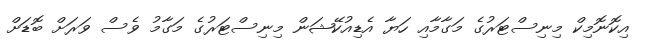
އިކޮނޮމިކް މިނިސްޓަރުގެ މަގާމާއި ހަޔާ އެޑިއުކޭޝަން މިނިސްޓަރުގެ މަގާމު ވެސް ވަރަށް ބޮޑަށް